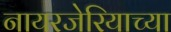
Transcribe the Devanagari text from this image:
नायरजेरियाच्या